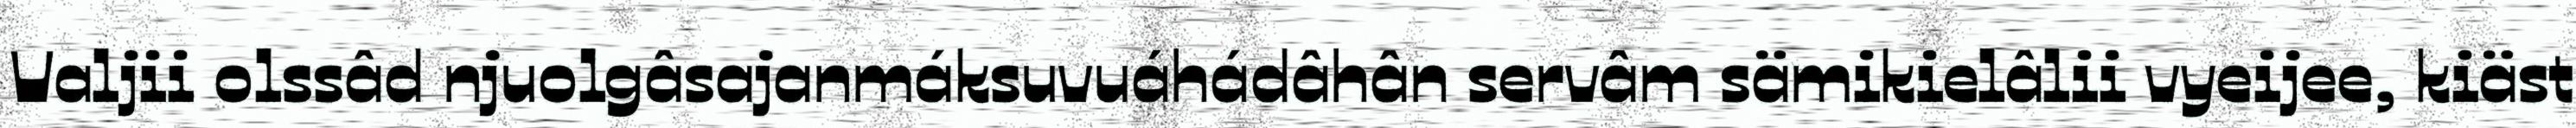
Valjii olssâd njuolgâsajanmáksuvuáhádâhân servâm sämikielâlii vyeijee, kiäst